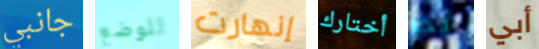
جانبي للوضع إنهارت أختارك يجر أبي